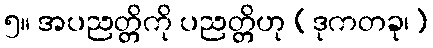
၅။ အပညတ္တိကို ပညတ္တိဟု (ဒုကတခု၊)